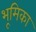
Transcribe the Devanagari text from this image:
भूूमिका